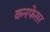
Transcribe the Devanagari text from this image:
कनफेसर